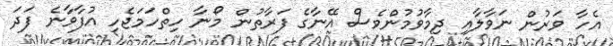
އެހާ ވަރުން ނަވާލާއި ދިމާވުމުންވެސް އޭނާގެ ފަރާތުން މޯނާ ހިތްހަމަޖެހި އުފާވާނެ ފަދަ